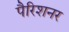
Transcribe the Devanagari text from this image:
पैरिशनर